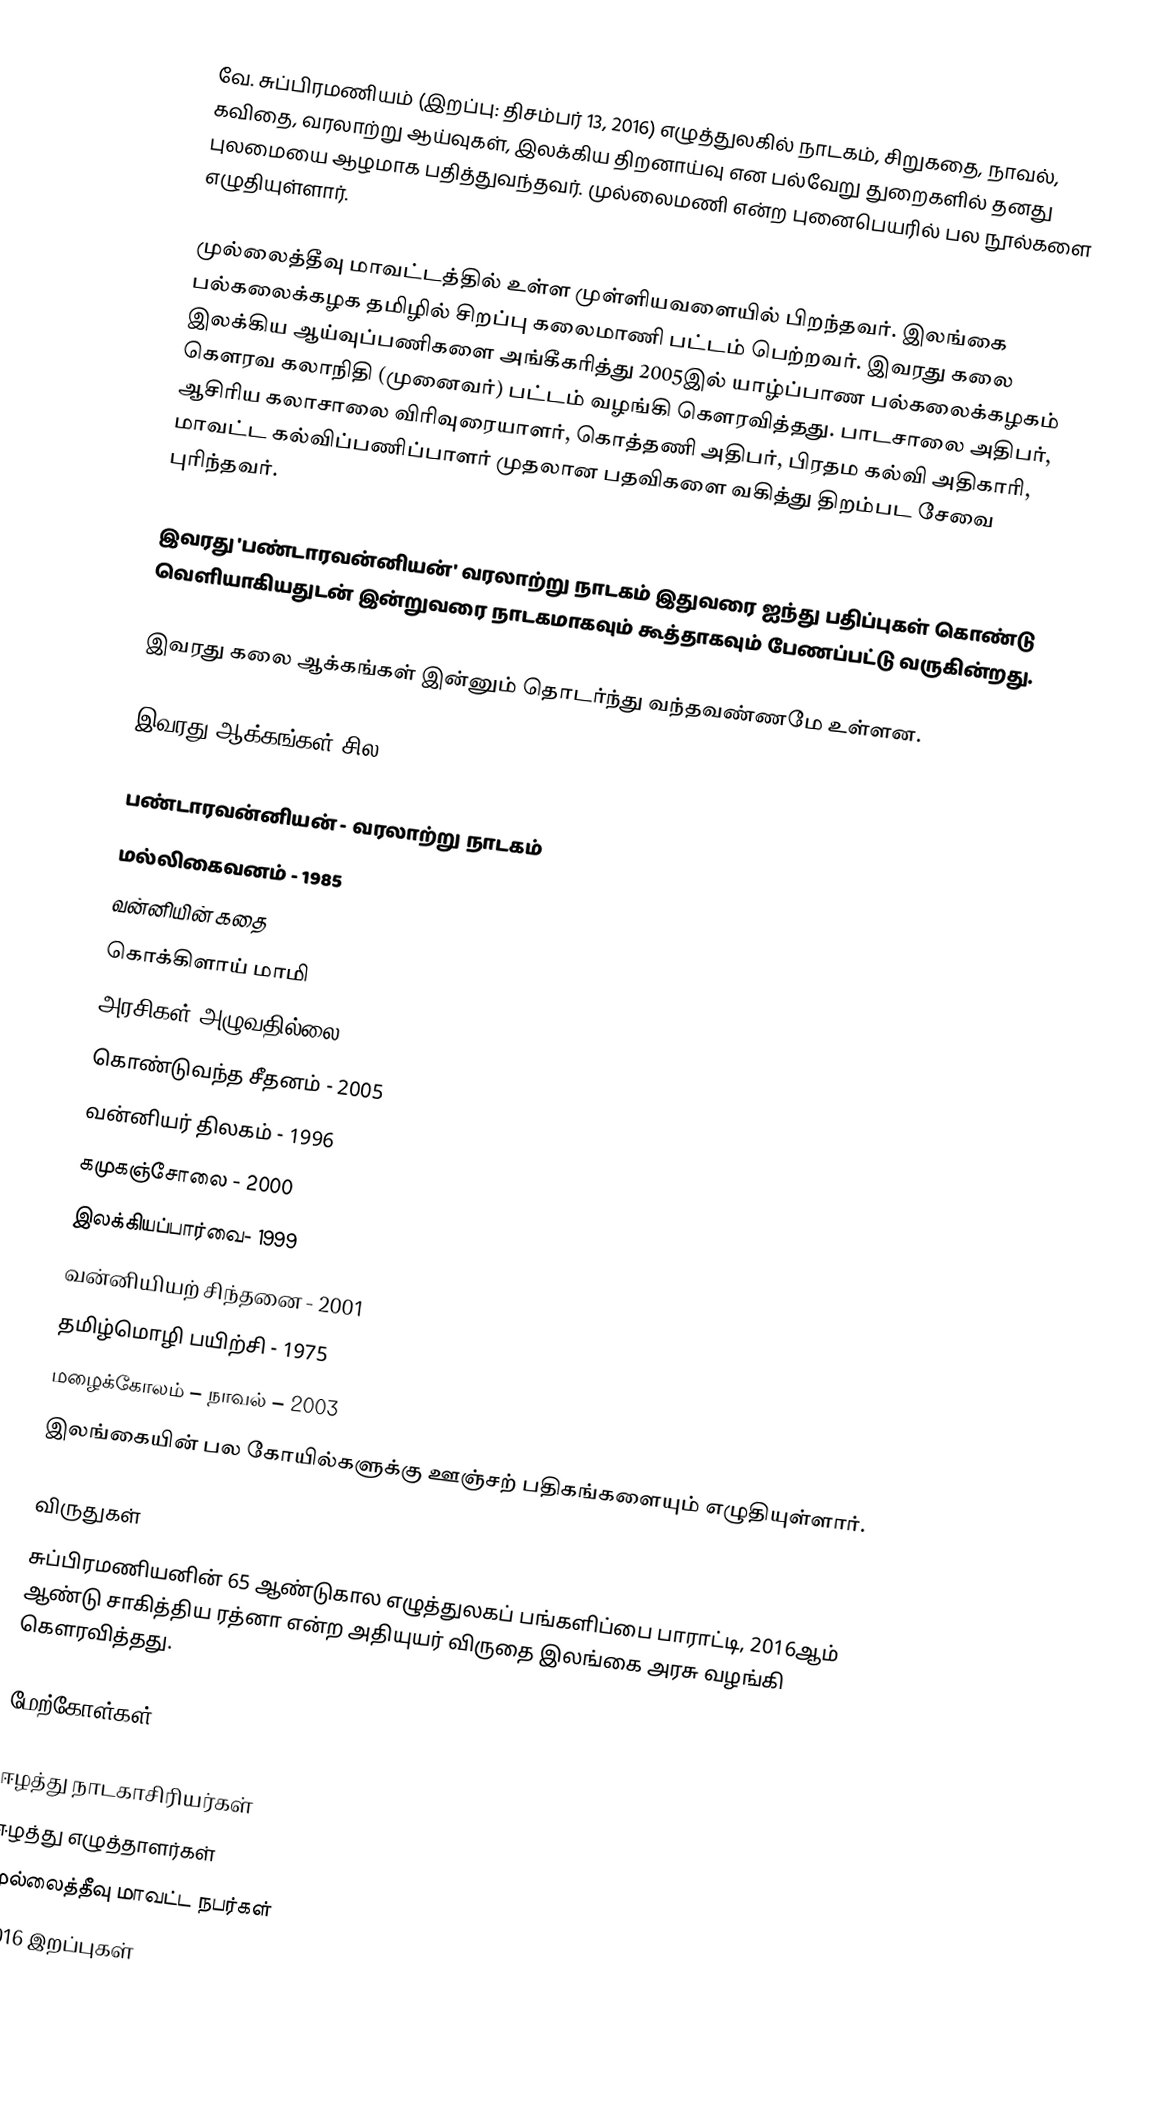
வே. சுப்பிரமணியம் (இறப்பு: திசம்பர் 13, 2016) எழுத்துலகில் நாடகம், சிறுகதை, நாவல், கவிதை, வரலாற்று ஆய்வுகள், இலக்கிய திறனாய்வு என பல்வேறு துறைகளில் தனது புலமையை ஆழமாக பதித்துவந்தவர். முல்லைமணி என்ற புனைபெயரில் பல நூல்களை எழுதியுள்ளார்.

முல்லைத்தீவு மாவட்டத்தில் உள்ள முள்ளியவளையில் பிறந்தவர். இலங்கை பல்கலைக்கழக தமிழில்  சிறப்பு கலைமாணி  பட்டம் பெற்றவர். இவரது கலை இலக்கிய ஆய்வுப்பணிகளை அங்கீகரித்து 2005இல் யாழ்ப்பாண பல்கலைக்கழகம் கௌரவ கலாநிதி (முனைவர்) பட்டம் வழங்கி கௌரவித்தது. பாடசாலை அதிபர், ஆசிரிய கலாசாலை விரிவுரையாளர், கொத்தணி அதிபர், பிரதம கல்வி அதிகாரி, மாவட்ட கல்விப்பணிப்பாளர் முதலான பதவிகளை வகித்து திறம்பட சேவை புரிந்தவர்.

இவரது 'பண்டாரவன்னியன்' வரலாற்று நாடகம் இதுவரை ஐந்து பதிப்புகள் கொண்டு வெளியாகியதுடன் இன்றுவரை நாடகமாகவும் கூத்தாகவும் பேணப்பட்டு வருகின்றது.

இவரது கலை ஆக்கங்கள் இன்னும் தொடர்ந்து வந்தவண்ணமே உள்ளன.

இவரது ஆக்கங்கள் சில

 பண்டாரவன்னியன் - வரலாற்று நாடகம்
 மல்லிகைவனம் - 1985
 வன்னியின் கதை
 கொக்கிளாய் மாமி
 அரசிகள் அழுவதில்லை - 1977
 கொண்டுவந்த சீதனம் - 2005
 வன்னியர் திலகம் - 1996
 கமுகஞ்சோலை - 2000
 இலக்கியப்பார்வை- 1999
 வன்னியியற் சிந்தனை - 2001
 தமிழ்மொழி பயிற்சி - 1975
 மழைக்கோலம் – நாவல் – 2003
 இலங்கையின் பல கோயில்களுக்கு ஊஞ்சற் பதிகங்களையும் எழுதியுள்ளார்.

விருதுகள்
சுப்பிரமணியனின் 65 ஆண்டுகால எழுத்துலகப் பங்களிப்பை பாராட்டி, 2016ஆம் ஆண்டு சாகித்திய ரத்னா என்ற அதியுயர் விருதை இலங்கை அரசு வழங்கி கௌரவித்தது.

மேற்கோள்கள்

ஈழத்து நாடகாசிரியர்கள்
ஈழத்து எழுத்தாளர்கள்
முல்லைத்தீவு மாவட்ட நபர்கள்
2016 இறப்புகள்